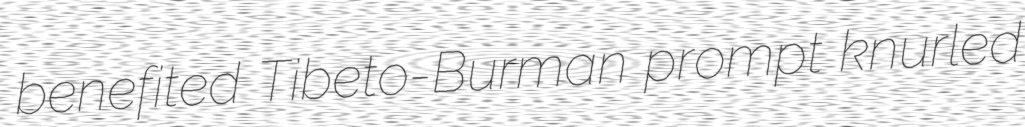
benefited Tibeto-Burman prompt knurled